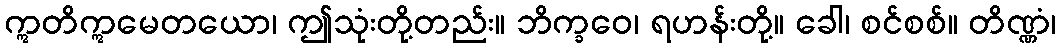
ဣတိဣမေတယော၊ ဤသုံးတို့တည်း။ ဘိက္ခဝေ၊ ရဟန်းတို့။ ခေါ၊ စင်စစ်။ တိဏ္ဏံ၊